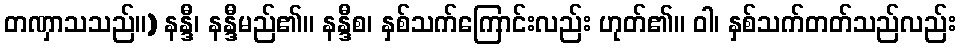
တဏှာသသည်။) နန္ဒီ၊ နန္ဒီမည်၏။ နန္ဒီစ၊ နှစ်သက်ကြောင်းလည်း ဟုတ်၏။ ဝါ၊ နှစ်သက်တတ်သည်လည်း